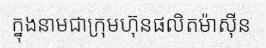
ក្នុងនាមជាក្រុមហ៊ុនផលិតម៉ាស៊ីន